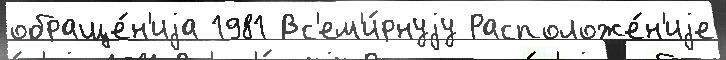
обраще́н'иjа 1981 Вс'ем'и́рнуjу Расположе́н'иjе